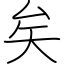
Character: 矣